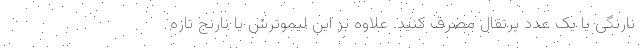
نارنگی یا یک عدد پرتقال مصرف کنید. علاوه بر این لیموترش یا نارنج تازه